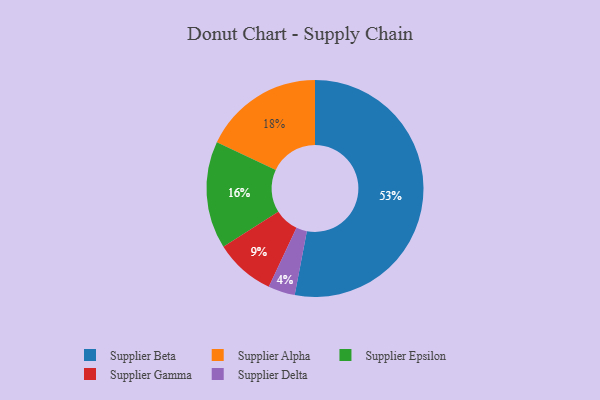
{"axis": {"x": "Category", "y": "Percentage"}, "legend": ["Supplier Alpha", "Supplier Beta", "Supplier Delta", "Supplier Epsilon", "Supplier Gamma"], "data": [{"x": "Supplier Delta", "y": 4, "type": "Supplier Delta"}, {"x": "Supplier Epsilon", "y": 16, "type": "Supplier Epsilon"}, {"x": "Supplier Beta", "y": 53, "type": "Supplier Beta"}, {"x": "Supplier Gamma", "y": 9, "type": "Supplier Gamma"}, {"x": "Supplier Alpha", "y": 18, "type": "Supplier Alpha"}]}